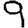
Digit: 9